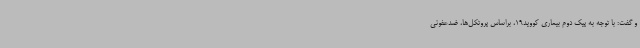
و گفت: با توجه به پیک دوم بیماری کووید19، براساس پروتکل‌ها، ضدعفونی